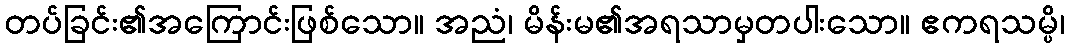
တပ်ခြင်း၏အကြောင်းဖြစ်သော။ အညံ၊ မိန်းမ၏အရသာမှတပါးသော။ ဧကရသမ္ပိ၊